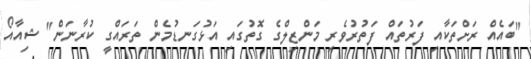
"ބައެއް ރަށްތަކާއި ފަރުތައް ފަތުރުވެރި މަންޒިލްގެ ގޮތުގައި އަޅުގަނޑުމެން ތަރައްގީ ކުރާނަން" ޝިއާއޯ